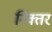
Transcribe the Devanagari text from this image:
रिक्तर